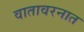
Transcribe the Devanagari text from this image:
वातावरनात